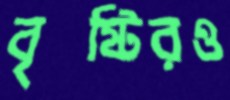
বৃষ্টিরও